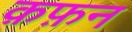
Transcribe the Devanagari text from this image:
क़फ़न